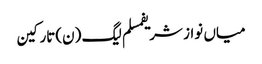
میاں نواز شریفمسلم لیگ (ن)تارکین